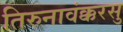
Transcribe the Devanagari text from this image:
तिरुनावंक्करसु